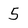
Character: 5